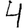
Digit: 4